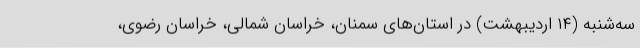
سه‌شنبه (۱۴ اردیبهشت) در استان‌های سمنان، خراسان شمالی، خراسان رضوی،